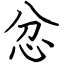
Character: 忿